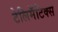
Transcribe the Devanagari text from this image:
टेलिमॅटिक्स